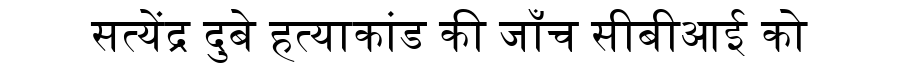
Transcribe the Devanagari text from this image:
सत्येंद्र दुबे हत्याकांड की जाँच सीबीआई को